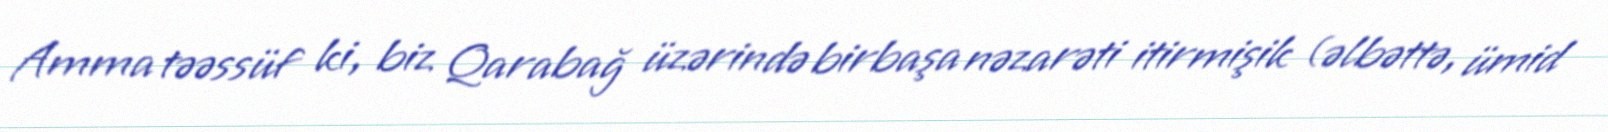
Amma təəssüf ki, biz Qarabağ üzərində birbaşa nəzarəti itirmişik (əlbəttə, ümid